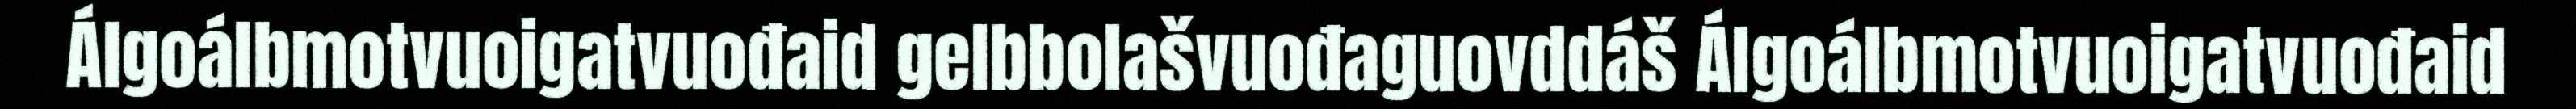
Álgoálbmotvuoigatvuođaid gelbbolašvuođaguovddáš Álgoálbmotvuoigatvuođaid